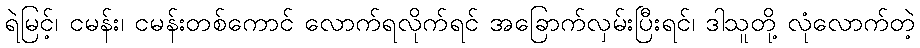
ရဲမြင့်၊ ငမန်း၊ ငမန်းတစ်ကောင် လောက်ရလိုက်ရင် အခြောက်လှမ်းပြီးရင်၊ ဒါသူတို့ လုံလောက်တဲ့